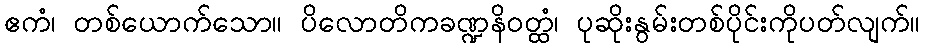
ဧကံ၊ တစ်ယောက်သော။ ပိလောတိကခဏ္ဍနိဝတ္ထံ၊ ပုဆိုးနွမ်းတစ်ပိုင်းကိုပတ်လျက်။